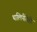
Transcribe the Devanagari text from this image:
थालिपीठेही